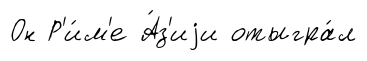
Он Р'и́м'е А́з'иjи отыгра́л